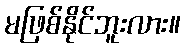
မဖြစ်နိုင်ဘူးလား။